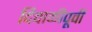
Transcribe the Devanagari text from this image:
दिवाळीपूर्वी